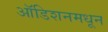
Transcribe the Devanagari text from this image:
ऑडिशनमधून